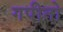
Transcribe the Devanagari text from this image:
गपीतो